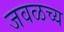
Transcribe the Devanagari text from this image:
जवळच्य